Leaving Certificate Examination (including Day School Certificate (Higher) General paper), 1931
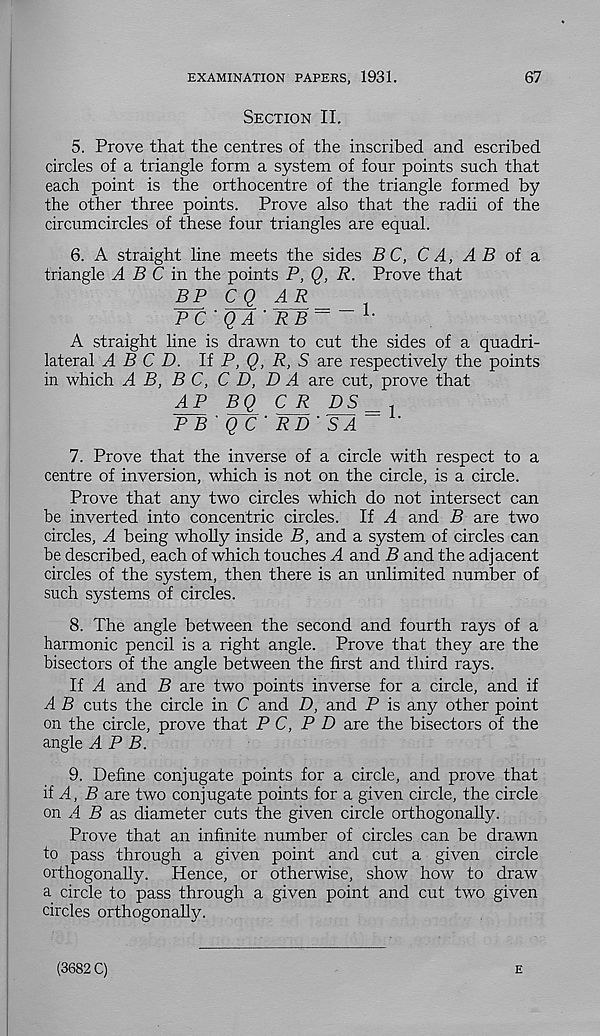
EXAMINATION PAPERS, 1931.
67
Section II.
5. Prove that the centres of the inscribed and escribed
circles of a triangle form a system of four points such that
each point is the orthocentre of the triangle formed by
the other three points. Prove also that the radii of the
circumcircles of these four triangles are equal.
6. A straight line meets the sides BC, C A, A B of a
triangle A B C in the points P, Q, R. Prove that
BP CQ AR
PC' QA' RB~
A straight line is drawn to cut the sides of a quadri-
lateral A B C D. UP, Q, R, S are respectively the points
in which A B, B C, CD, DA are cut, prove that
AP BQ C R DS
P B ' Q C ' RD' SA
7. Prove that the inverse of a circle with respect to a
centre of inversion, which is not on the circle, is a circle.
Prove that any two circles which do not intersect can
be inverted into concentric circles. If A and B are two
circles, A being wholly inside B, and a system of circles can
be described, each of which touches A and B and the adjacent
circles of the system, then there is an unlimited number of
such systems of circles.
8. The angle between the second and fourth rays of a
harmonic pencil is a right angle. Prove that they are the
bisectors of the angle between the first and third rays.
If A and B are two points inverse for a circle, and if
A B cuts the circle in C and D, and P is any other point
on the circle, prove that P C, P D are the bisectors of the
angle APB.
9. Define conjugate points for a circle, and prove that
if A,
are two conjugate points for a given circle, the circle
on A B as diameter cuts the given circle orthogonally.
Prove that an infinite number of circles can be drawn
to pass through a given point and cut a given circle
orthogonally. Hence, or otherwise, show how to draw
a circle to pass through a given point and cut two given
circles orthogonally.
(3682 C)
E